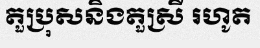
តួប្រុសនិងតួស្រី រហូត